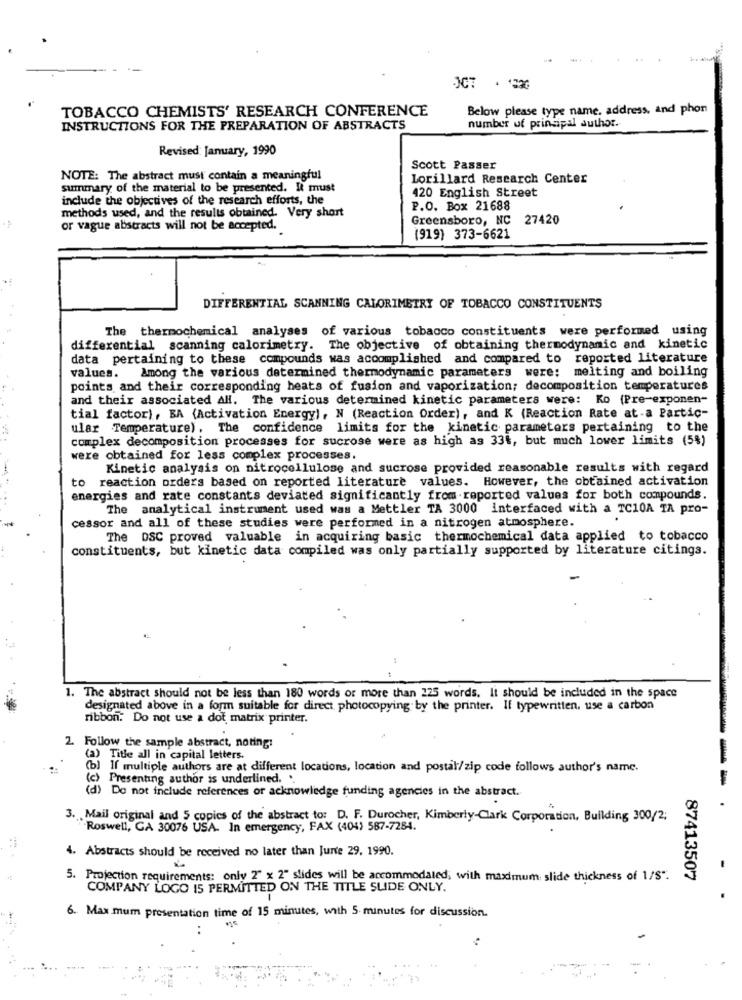
TOBACCO CHEMISTS' RESEARCH CONFERENCE
Below please type name, address, and phon
number uf principal Juthor.
INSTRUCTIONS FOR THE PREPARATION OF ABSTRACTS
Revised: January, 1990
Scott Passer
NOTE: The abstract must contain a meaningful
Lorillard Research Center
summary of the material to be presented. It must
420 English Street
include the objectives of the research efforts, the
P.O. Box 21688
methods used, and the results obtained. Very short
Greensboro, NC 27420
or vague abstracts will not be accepted.
(919) 373-6621
DIFFERENTIAL SCANNING CALORIMETRY OF TOBACCO CONSTITUENTS
The thermochemical analyses of various tobacco constituents were performed using
differential scanning calorimetry. The objective of obtaining thermodynamic and kinetic
data pertaining to these compounds was accomplished and compared to reported literature
values. Among the various determined thermodynamic parameters were: melting and boiling
points and their corresponding heats of fusion and vaporization; decomposition temperatures
and their associated AH. The various determined kinetic parameters were: Ko (Pre-exponen-
tial factor), BA (Activation Energy), N (Reaction Order), and K (Reaction Rate at-a Partic-
ular Temperature). The confidence limits for the kinetic parameters pertaining to the
complex decomposition processes for sucrose were as high as 33t, but much lower limits (5%)
were obtained for less complex processes.
Kinetic analysis on nitrocellulose and sucrose provided reasonable results with regard
to reaction orders based on reported literature values. However, the obtained activation
energies and rate constants deviated significantly from reported values for both compounds.
The analytical instrument used was a Mettler TA 3000 interfaced with a TC10A TA pro-
cessor and all of these studies were performed in a nitrogen atmosphere.
The DSC proved valuable in acquiring basic thermochemical data applied to tobacco
constituents, but kinetic data compiled was only partially supported by literature citings.
1. The abstract should not be less than 180 words or more than 225 words. It should be included in the space
designated above in a form suitable for direct photocopying by the printer. If typewritten, use a carbon
ribbon. Do not use a dot matrix printer.
2. Follow the sample abstract, noting:
(a) Title all in capital letters.
(b) If multiple authors are at different locations, location and postal/zip code follows author's name.
(c) Presenting author is underlined. .
--
(d) Do not include references or acknowledge funding agencies in the abstract.
3. Mail original and 5 copies of the abstract to: D. F. Durocher, Kimberly-Clark Corporation, Building 300/2;
Roswell, GA 30076 USA. In emergency, FAX (404) 587-7284.
4. Abstracts should be received no later than Jurte 29, 1990.
5. Projection requirements: only 2" x 2" slides will be accommodated, with maximum slide thickness of 1/S".
87413507
COMPANY LOGO 15 PERMITTED ON THE TITLE SLIDE ONLY.
6. Max mum presentation time of 15 minutes, with 5 minutes for discussion.
..